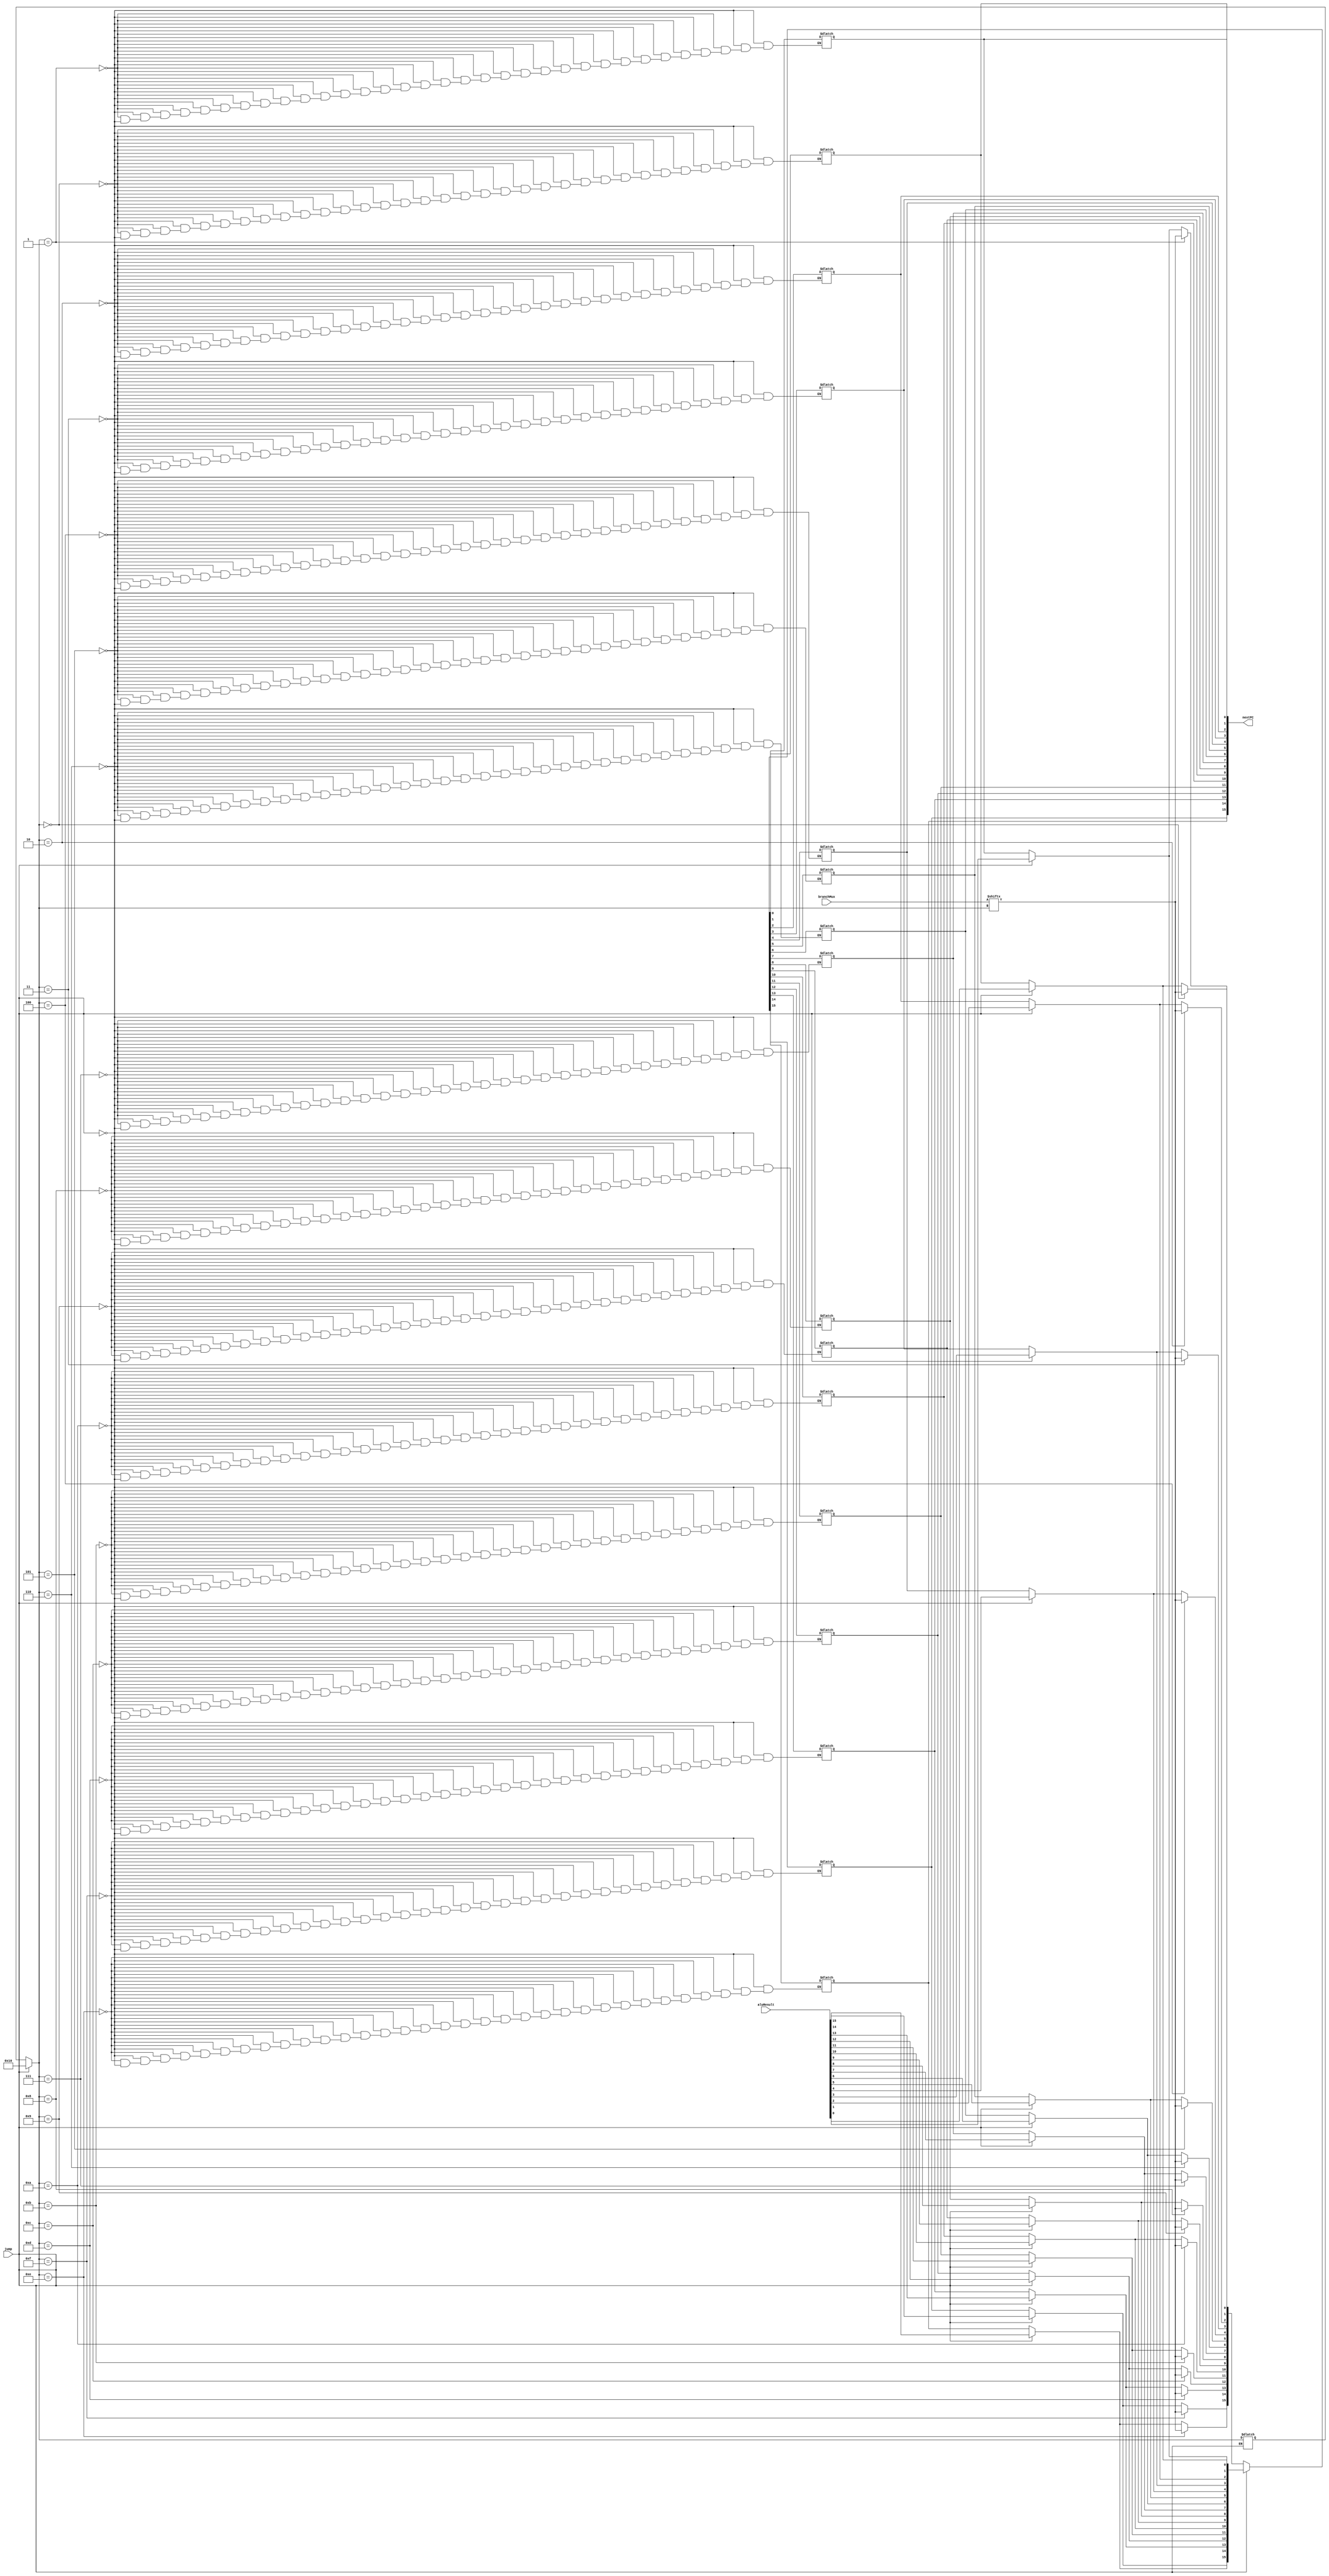
`timescale 1ns / 1ps

module jumpMux(input jump,
               input [15:0] branchMux,
               input [15:0] aluResult,
               output reg [15:0] nextPC);
               
integer i;
integer k;

always@(*) begin
    if(jump==1'b1)begin
        for(i=0;i<16;i=i+1)begin
            nextPC[i]=aluResult[i];
        end//for
    end//if
    if(jump==1'b0)begin
        for(k=0;k<16;k=k+1)begin
            nextPC[i]=branchMux[i];
        end//for
    end//if
end//always               
               
endmodule